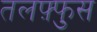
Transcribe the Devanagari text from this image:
तलफ़्फुस